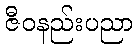
ဇီဝနည်းပညာ